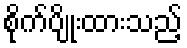
စိုက်ပျိုးထားသည့်